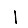
Digit: 1